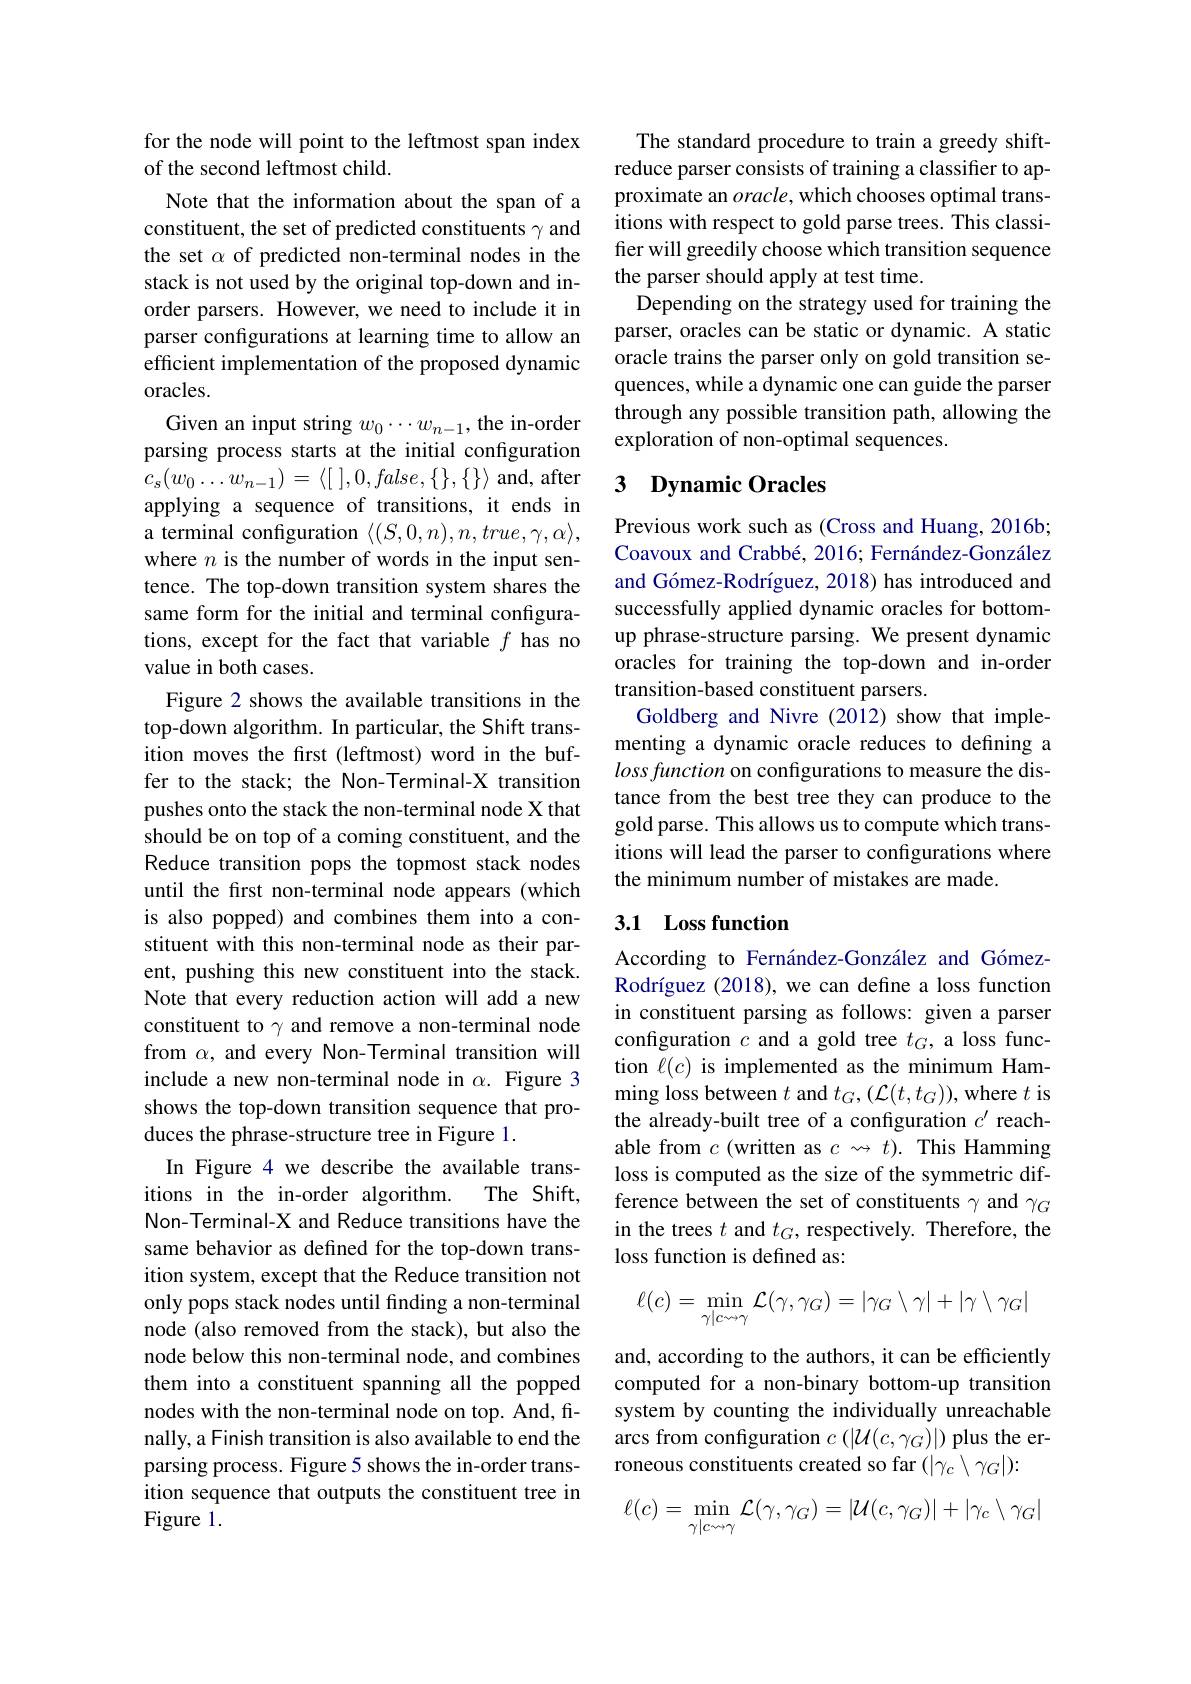
for the node will point to the leftmost span index
of the second leftmost child.
Note that the information about the span of a constituent, the set of predicted constituents $\gamma$ and the set $\alpha$ of predicted non-terminal nodes in the stack is not used by the original top-down and inorder parsers. However, we need to include it in parser configurations at learning time to allow an efficient implementation of the proposed dynamic oracles.
Given an input string $w_0\cdots w_{n-1}$, the in-order parsing process starts at the initial configuration $c_{s}( w_{0}\ldots w_{n- 1}) = \langle [$ $] , 0, false, \{ \} , \{$ $\} \rangle$ and, after applying a sequence of transitions, it ends in a terminal configuration $\langle(S,0,n),n,true,\gamma,\alpha\rangle$, where $n$ is the number of words in the input sentence. The top-down transition system shares the same form for the initial and terminal configurations, except for the fact that variable $f$ has no value in both cases.
Figure 2 shows the available transitions in the top-down algorithm. In particular, the Shift transition moves the first (leftmost) word in the buffer to the stack; the Non-Terminal-X transition pushes onto the stack the non-terminal node X that should be on top of a coming constituent, and the Reduce transition pops the topmost stack nodes until the first non-terminal node appears (which is also popped) and combines them into a constituent with this non-terminal node as their parent, pushing this new constituent into the stack. Note that every reduction action will add a new constituent to $\gamma$ and remove a non-terminal node from $\alpha$, and every Non-Terminal transition will include a new non-terminal node in $\alpha.$ Figure 3 shows the top-down transition sequence that produces the phrase-structure tree in Figure 1.
In Figure 4 we describe the available trans-
The Shift,
itions in the in-order algorithm.
Non-Terminal-X and Reduce transitions have the same behavior as defined for the top-down transition system, except that the Reduce transition not only pops stack nodes until finding a non-terminal node (also removed from the stack), but also the node below this non-terminal node, and combines them into a constituent spanning all the popped nodes with the non-terminal node on top. And, finally, a Finish transition is also available to end the parsing process. Figure 5 shows the in-order transition sequence that outputs the constituent tree in Figure 1.

The standard procedure to train a greedy shiftreduce parser consists of training a classifier to approximate an $oracle$,which chooses optimal transitions with respect to gold parse trees. This classifier will greedily choose which transition sequence the parser should apply at test time.
Depending on the strategy used for training the parser, oracles can be static or dynamic. A static oracle trains the parser only on gold transition sequences, while a dynamic one can guide the parser through any possible transition path, allowing the exploration of non-optimal sequences.

### 3 $\textbf{Dynamic Oracles}$

Previous work such as (Cross and Huang, 2016b; Coavoux and Crabbé, 2016; Fernández-González and Gómez-Rodríguez, 2018) has introduced and successfully applied dynamic oracles for bottomup phrase-structure parsing. We present dynamic oracles for training the top-down and in-order transition-based constituent parsers.
Goldberg and Nivre (2012) show that implementing a dynamic oracle reduces to defining a loss function on configurations to measure the distance from the best tree they can produce to the gold parse. This allows us to compute which transitions will lead the parser to configurations where the minimum number of mistakes are made.

## 3.1 Loss function

According to Fernández-González and GómezRodríguez (2018), we can define a loss function in constituent parsing as follows: given a parser configuration $c$ and a gold tree $t_G$, a loss function $\ell(c)$ is implemented as the minimum Hamming loss between $t$ and $t_G,(\mathcal{L}(t,t_G))$,where $t$ is the already-built tree of a configuration $c^{\prime}$ reachable from $c$ (written as $c\leadsto t).$ This Hamming loss is computed as the size of the symmetric difference between the set of constituents $\gamma$ and $\gamma_G$ in the trees $t$ and $t_G$, respectively. Therefore, the loss function is defined as:
$$\ell(c)=\min\limits_{\gamma|c\to\gamma}\mathcal{L}(\gamma,\gamma_G)=|\gamma_G\setminus\gamma|+|\gamma\setminus\gamma_G|$$
and, according to the authors, it can be efficiently computed for a non-binary bottom-up transition system by counting the individually unreachable arcs from configuration $c\left(|\mathcal{U}(c,\gamma_G)|\right)$ plus the erroneous constituents created so far $(|\gamma_{c}\setminus\gamma_{G}|):$
$$\ell(c)=\min_{\gamma|c\leadsto\gamma}\mathcal{L}(\gamma,\gamma_{G})=|\mathcal{U}(c,\gamma_{G})|+|\gamma_{c}\setminus\gamma_{G}|$$